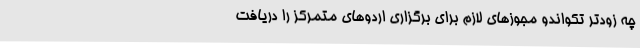
چه زودتر تکواندو مجوزهای لازم برای برگزاری اردوهای متمرکز را دریافت